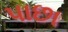
પાછા